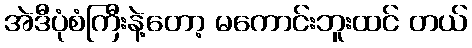
အဲဒီပုံစံကြီးနဲ့တော့ မကောင်းဘူးထင် တယ်